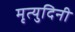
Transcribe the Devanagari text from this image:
मृत्युदिनी